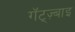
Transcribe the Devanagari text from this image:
गॅट्ज़्बाइ